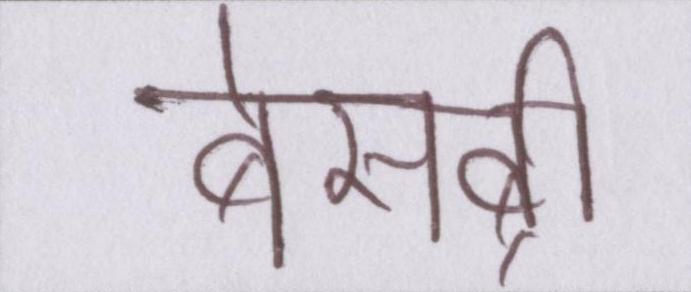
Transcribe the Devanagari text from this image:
बेसब्री